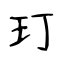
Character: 玎